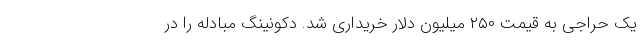
یک حراجی به قیمت ۲۵۰ میلیون دلار خریداری شد. دکونینگ مبادله را در